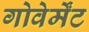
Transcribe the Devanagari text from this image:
गोवेर्मेंट